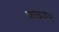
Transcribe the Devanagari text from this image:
फ्राइजेम